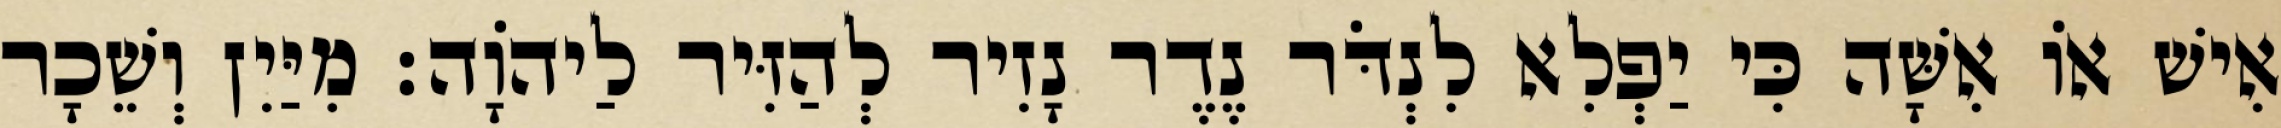
אִישׁ אוֹ אִשָּׁה כִּי יַפְלִא לִנְדֹּר נֶדֶר נָזִיר לְהַזִּיר לַיהוָֹה׃ מִיַּיִן וְשֵׁכָר